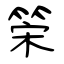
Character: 筞